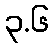
၃.၆